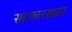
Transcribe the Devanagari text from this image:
सहकारसम्राट